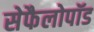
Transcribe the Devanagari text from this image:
सेफैलोपॉड